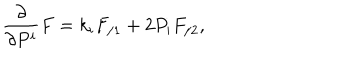
\frac \partial { \partial P ^ { i } } F = k _ { i } F _ { / 1 } + 2 P _ { i } F _ { / 2 } ,